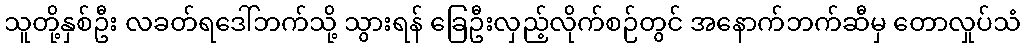
သူတို့နှစ်ဦး လခတ်ရဒေါ်ဘက်သို့ သွားရန် ခြေဦးလှည့်လိုက်စဉ်တွင် အနောက်ဘက်ဆီမှ တောလှုပ်သံ